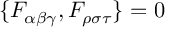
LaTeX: \{ F _ { \alpha \beta \gamma } , F _ { \rho \sigma \tau } \} = 0